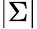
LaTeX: |\Sigma|